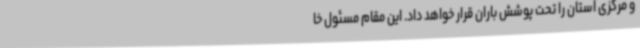
و مرکزی استان را تحت پوشش باران قرار خواهد داد. این مقام مسئول خا